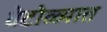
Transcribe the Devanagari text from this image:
वेटोळ्यात